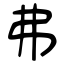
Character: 弗